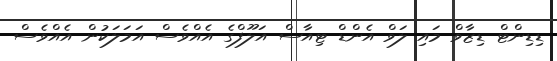
ޑިޑިންޓް ޑިޒާވް މައި ލަވް އެންޑް ޓިއާސް އަލޫފްގެ އެއްވެސް އަމަލަކުން އެއްވެސް